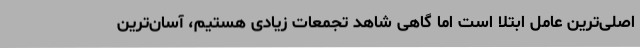
اصلی‌ترین عامل ابتلا است اما گاهی شاهد تجمعات زیادی هستیم، آسان‌ترین